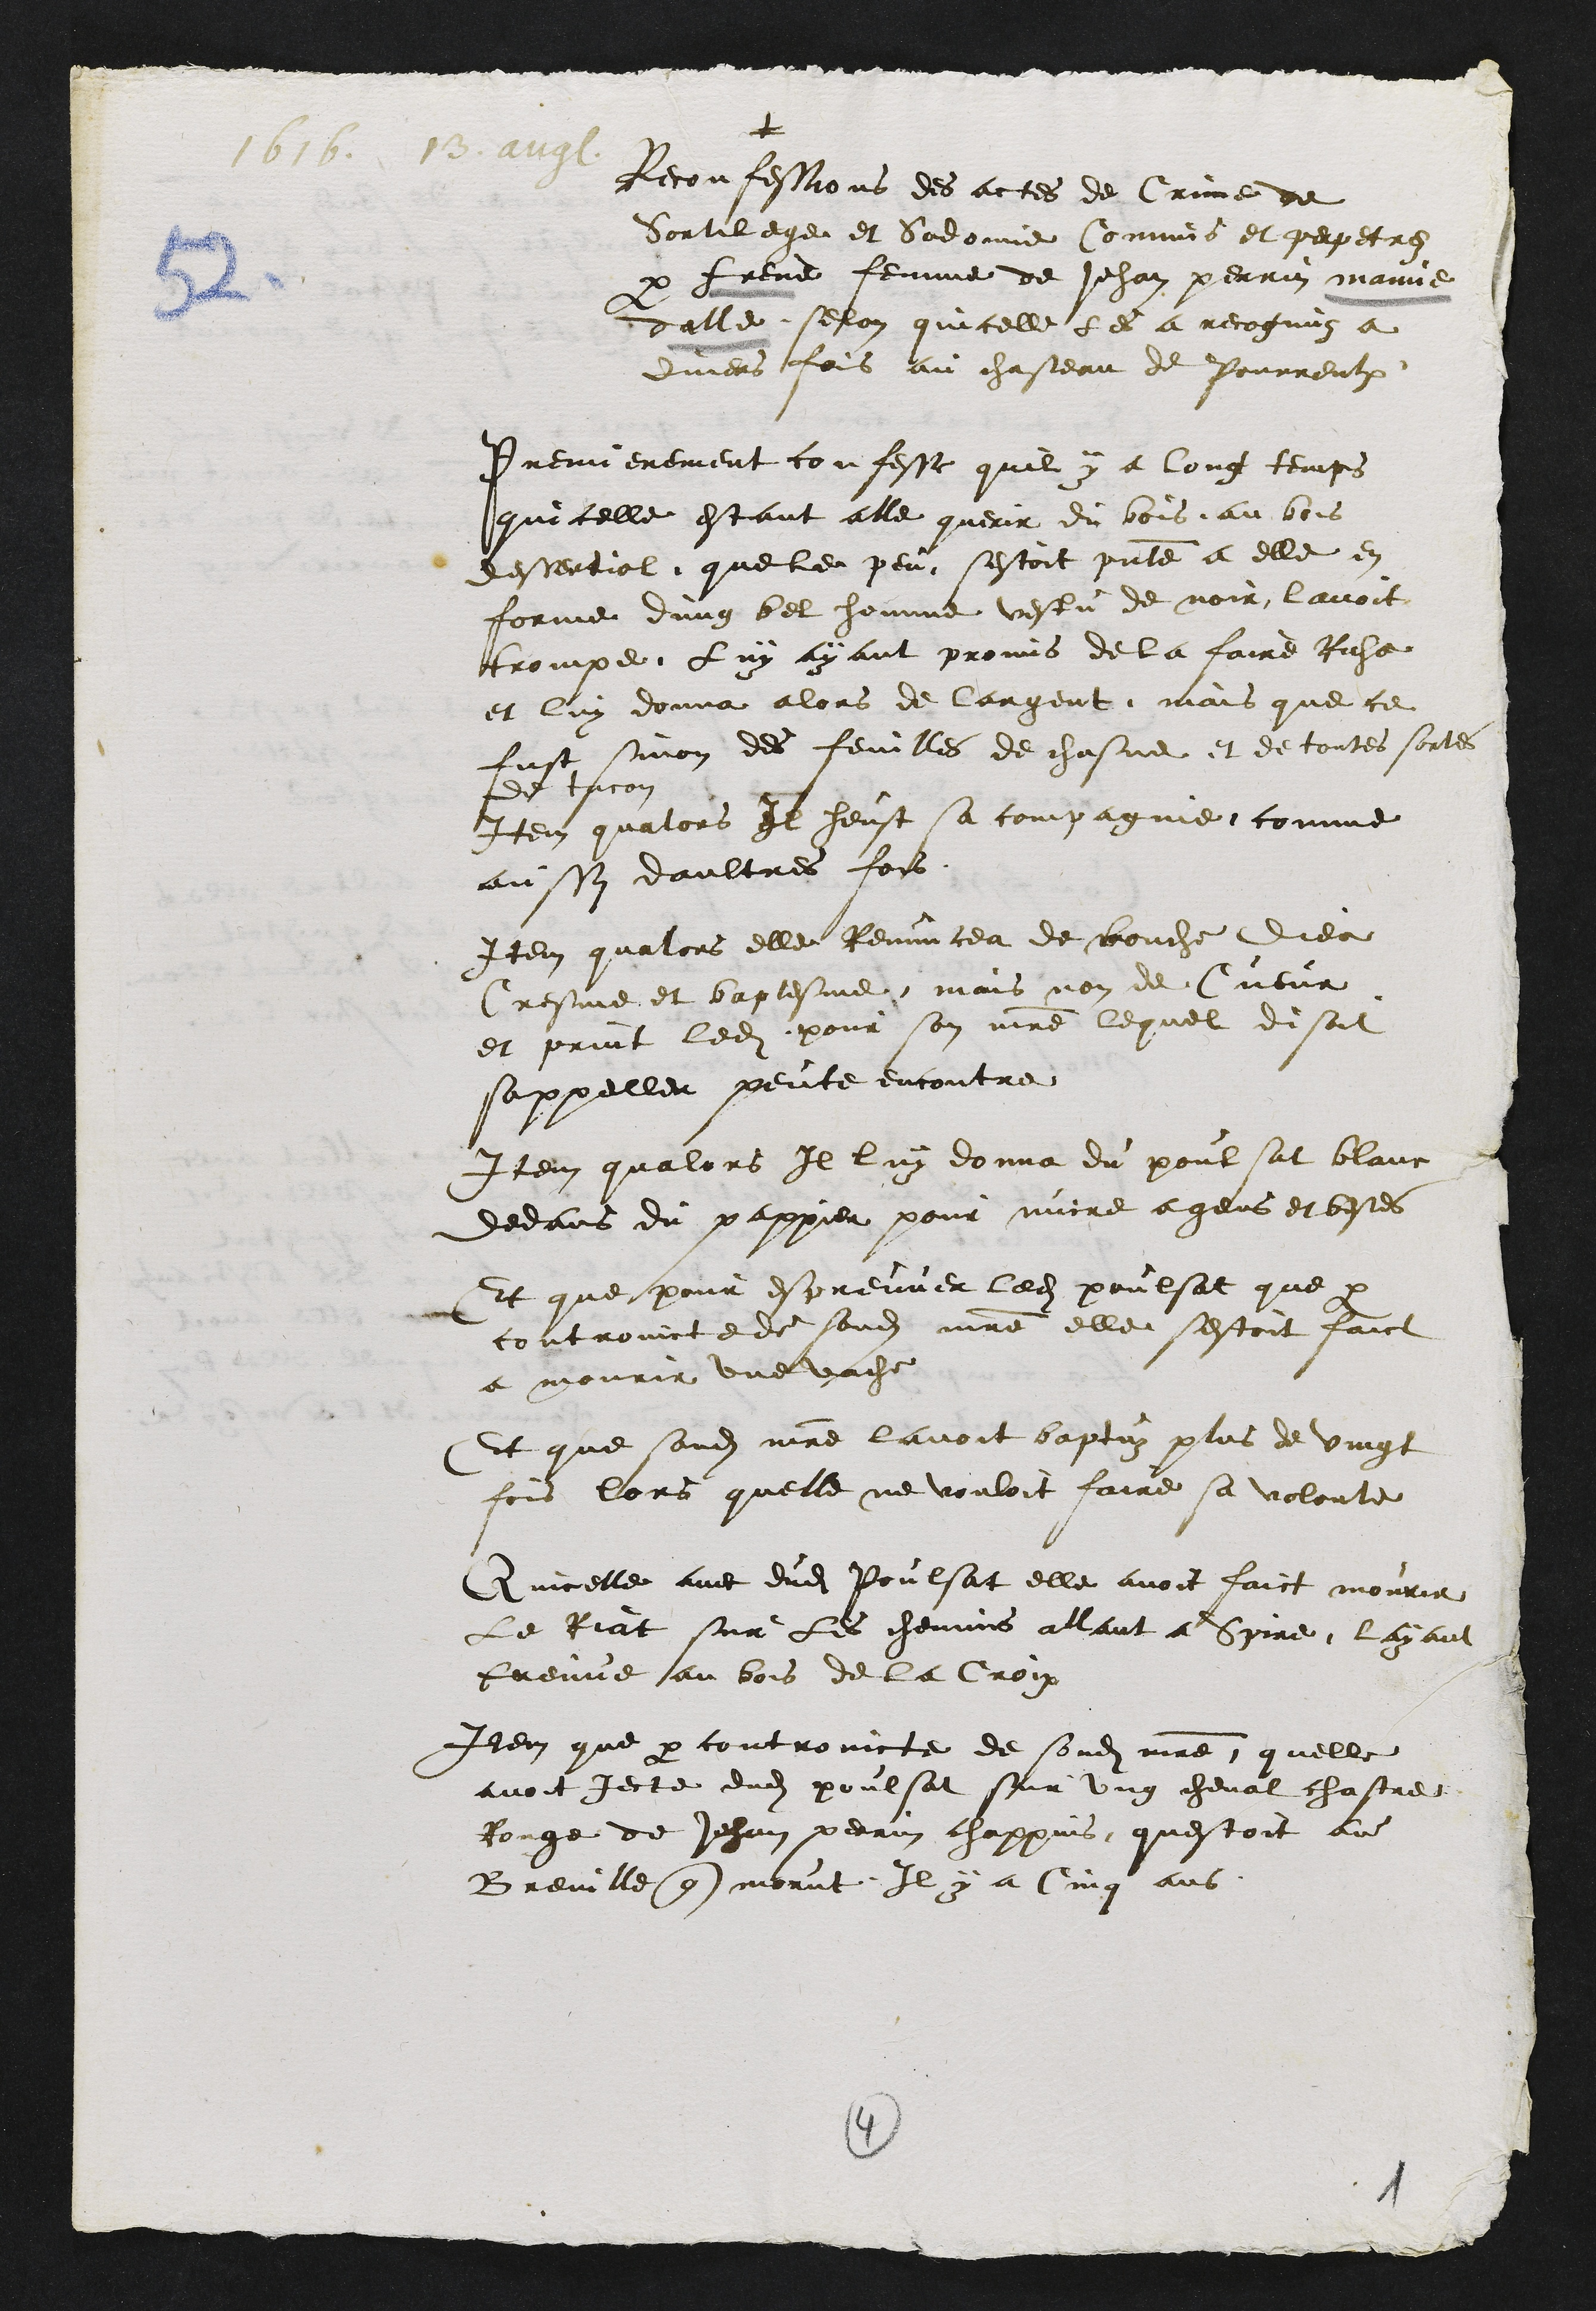
+
1616. 13. aug.
Reconfessions des actes de Crime de
Sortilege et Sodomie Commis et perpetrez
par Frene femme de Jehan perrin mamie
dalle selon quicelle les a recognuz a
divers fois au chasteau de Pourrentruy
Premierement confesse quil y a long temps
quicelle estant alle querir du bois au bois
dessertiol que le peu sestoit presente a elle en
forme dung bel homme vestu de noir lavoit
trompe Luy ayant promis de la faire Riche
et luy donna alors de largent mais que ce
fust sinon des feuilles de chasne et de toutes sortes
de tacon
Item qualors Il heust sa compagnie comme
aussy daultres fois
Item qualors elle Renuncea de bouche dieu
Cresme et baptesme mais non de Cueur
et print ledit pour son maitre lequel disoit
sappeller peute encontre
Item qualors Il luy donna du poulsat blanc
dedans du pappier pour nuire a gens et bestes
Et que pour espreuver ledit poulsat que par
controincte de sondit maitre elle sestoit faict
a mourir une vache
Et que sondit maitre lavoit baptuz plus de vingt
fois lors quelle ne vouloit faire sa volonte
Quicelle avec dudit Poulsat elle avoit faict mourir
Le Riat sur les chemins allant a Spire layant
treuve au bois de la Croix
Item que par controincte de sondit maitre quelle
avoit jecte dudit poulsat sur ung cheval chastre
Rouge de Jehan perrin chappuis questoit au
Breuille que morut Il y a Cinq ans
1